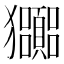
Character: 𤣠